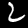
Label: 2